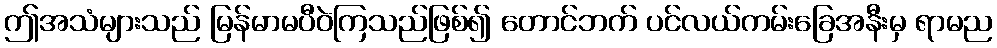
ဤအသံများသည် မြန်မာမပီဝဲကြသည်ဖြစ်၍ တောင်ဘက် ပင်လယ်ကမ်းခြေအနီးမှ ရာမည